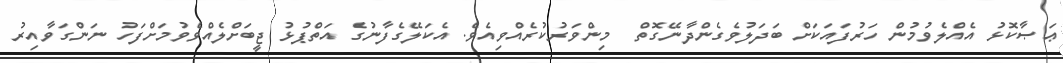
ޢަޞާކޮޅު އެއްލެވުމުން ހަރުފައަކަށް ބަދަލުވެގެންދާނޭގޮތް  މިންވަރުކުރެއްވިއެވެ. އެކަލޭގެފާނުގެ އަތްޕުޅު ޖީބަށްލެއްވެވުމަށްފަހު ނަންގަވާއިރު